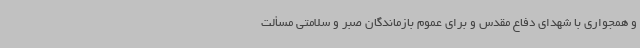
و همجواری با شهدای دفاع مقدس و برای عموم بازماندگان صبر و سلامتی مسألت